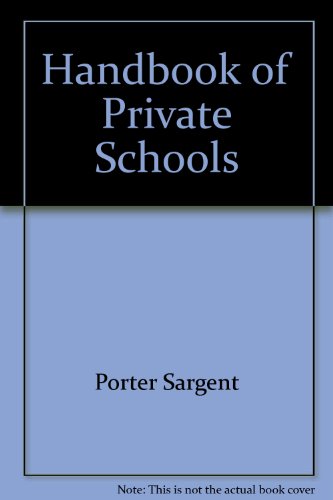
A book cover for The Handbook of Private Schools (2000); Porter Sargent; Test Preparation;